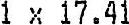
1 X 17.41